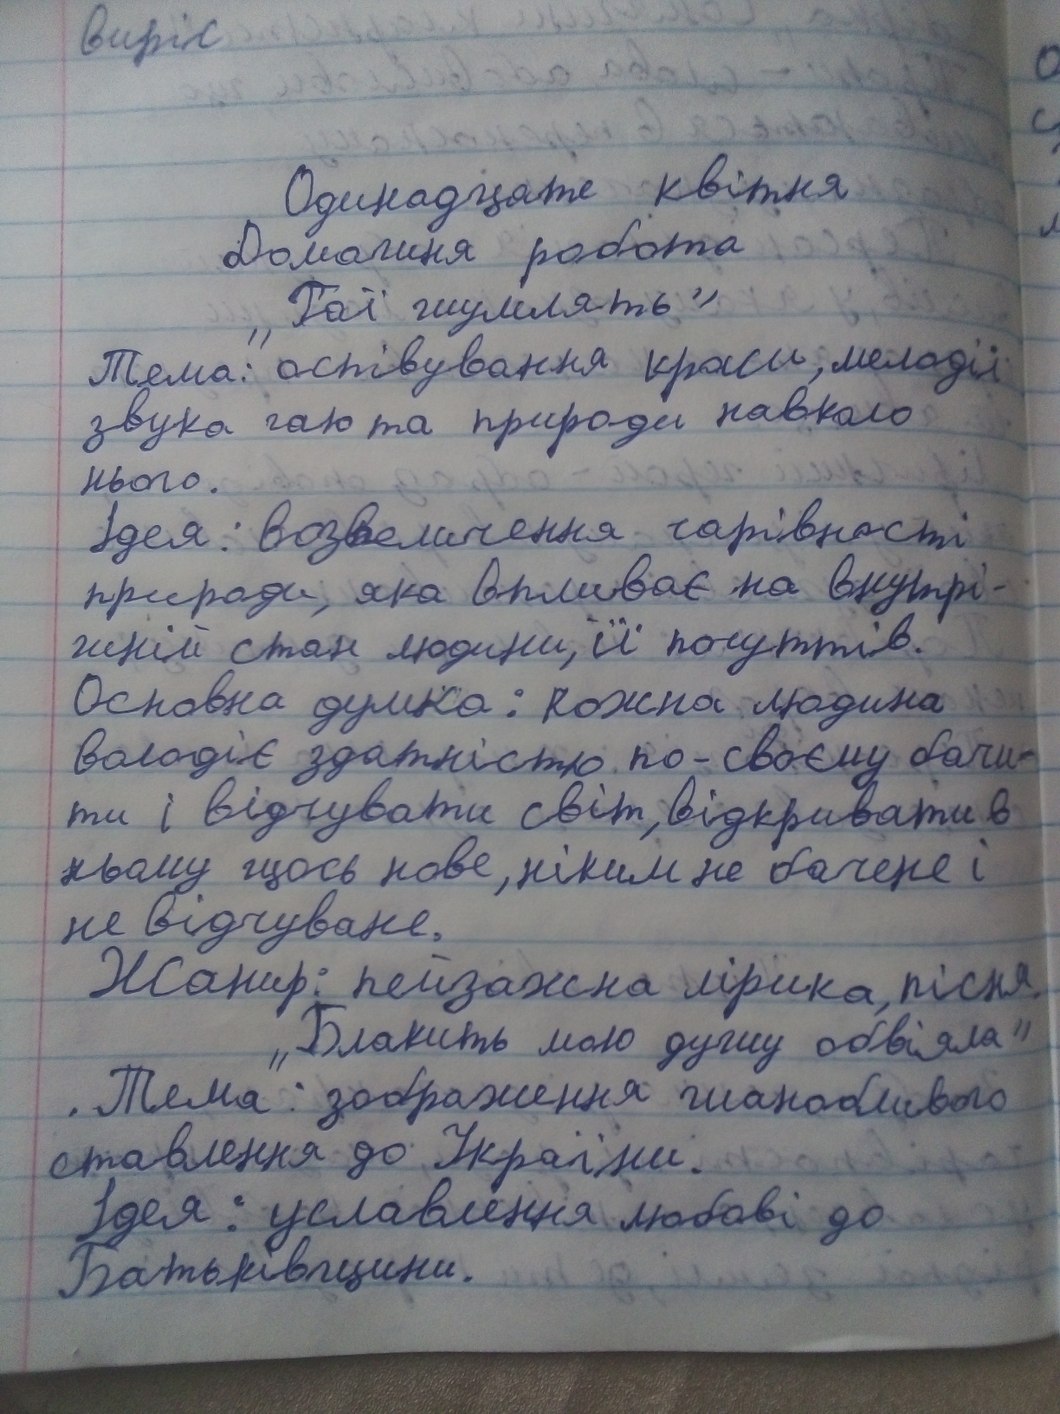
виріс
Одинадцяте квітня
Домашня робота
"Гаї шумлять"
Тема: "оспівування краси, мелодії
звука гаю та природи навколо
нього.
Ідея: возвеличення чарівності
природи, яка впливає на внутрі-
шній стан людини, її почуттів.
Основна думка: кожна людина
володіє здатністю по-своєму бачи-
ти і відчувати світ, відкривати в
ньому щось нове, ніким не бачене і
не відчуване.
Жанир: пейзажна лірика, пісня.
"Блакить мою душу обвіяла"
.Тема: зображення шанобливого
ставлення до України.
Ідея: уславлення любові до
Батьківщини.